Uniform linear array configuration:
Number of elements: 4
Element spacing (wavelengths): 0.25
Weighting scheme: uniform
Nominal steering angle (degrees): -30
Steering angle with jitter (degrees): -30.345
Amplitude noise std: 0.05
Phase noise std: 0.05

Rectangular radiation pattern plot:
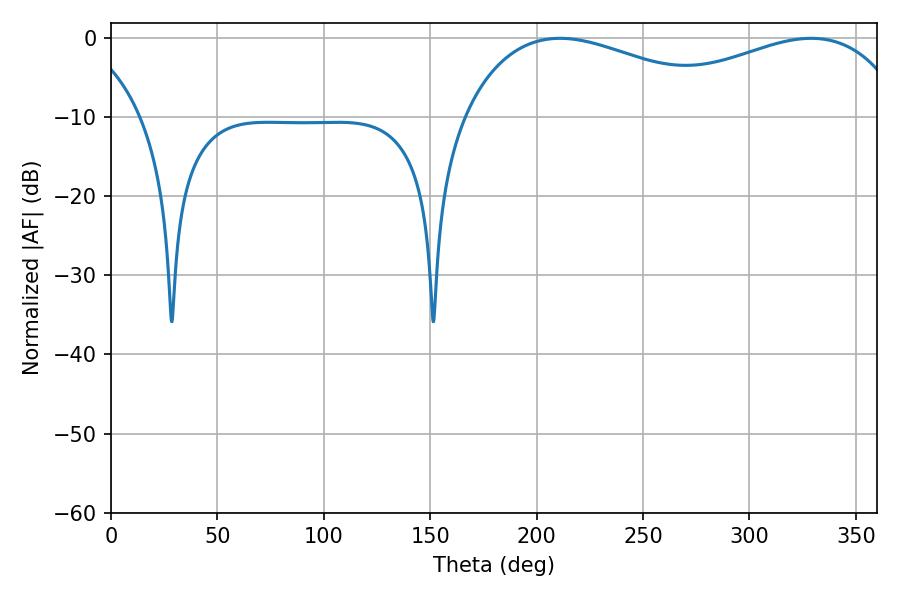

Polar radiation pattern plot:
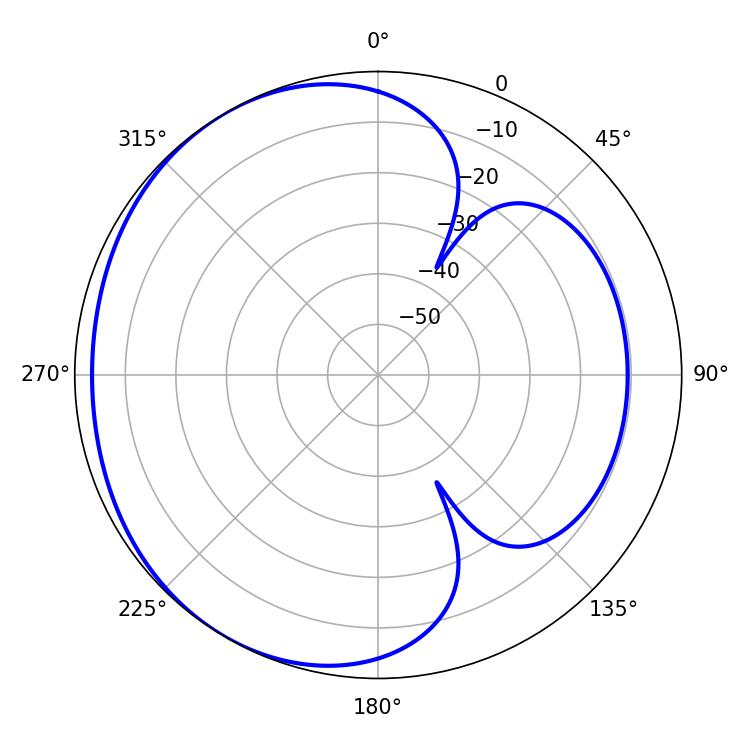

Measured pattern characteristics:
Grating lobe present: FALSE
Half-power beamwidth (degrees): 72.72
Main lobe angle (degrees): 210.96